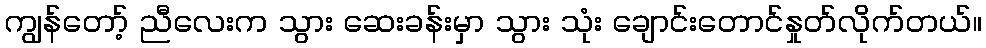
ကျွန်တော့် ညီလေးက သွား ဆေးခန်းမှာ သွား သုံး ချောင်းတောင်နှုတ်လိုက်တယ်။